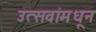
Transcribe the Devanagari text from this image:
उत्सवांमधून